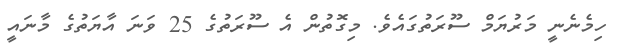
ހިމެނެނީ މަރުޔަމް ސޫރަތުގައެވެ. މިގޮތުން އެ ސޫރަތުގެ 25 ވަނަ އާޔަތުގެ މާނައީ